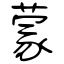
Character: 蒙